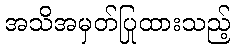
အသိအမှတ်ပြုထားသည့်